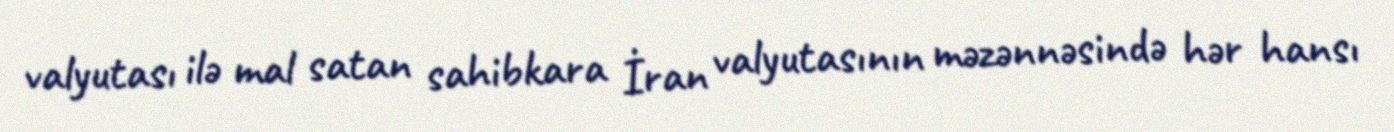
valyutası ilə mal satan sahibkara İran valyutasının məzənnəsində hər hansı